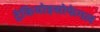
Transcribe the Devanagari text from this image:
ट्रेकियोइसोफेगल